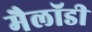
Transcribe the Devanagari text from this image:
मैलॉडी